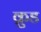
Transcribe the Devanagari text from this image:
क्रुड